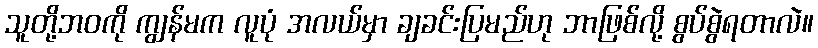
သူတို့ဘဝကို ကျွန်မက လူပုံ အလယ်မှာ ချခင်းပြမည်ဟု ဘာဖြစ်လို့ စွပ်စွဲရတာလဲ။